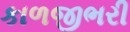
કાળજીભરી